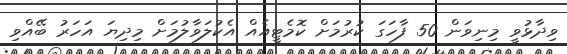
ވިދާޅުވީ މިނިވަން 50 ފާހަގަ ކުރުމަށް ކޮމެޓީއެއް އެކުލަވާލުމަށް މިދިޔަ އަހަރު ބޭއްވި